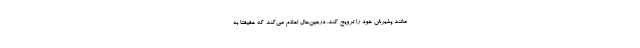
مانند پذیرش خود را ترویج کند. درعین‌حال اعلام می‌کند که حقیقتاً به